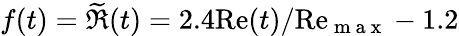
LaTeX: f(t)=\widetilde{\Re}(t)=2.4\mathrm{Re}(t)/\mathrm{Re}_{\mathrm{~m~a~x~}}-1.2